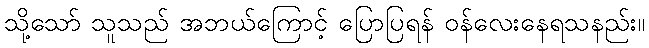
သို့သော် သူသည် အဘယ်ကြောင့် ပြောပြရန် ဝန်လေးနေရသနည်း။